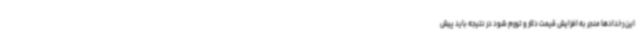
این رخدادها منجر به افزایش قیمت دلار و تورم شود در نتیجه باید پیش